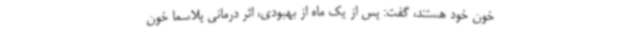
خون خود هستند، گفت: پس از یک ماه از بهبودی، اثر درمانی پلاسما خون